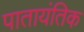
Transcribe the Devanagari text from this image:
पातायंतिक